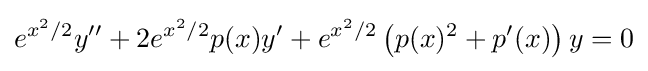
e^{x^{2}/2}y''+2e^{x^{2}/2}p(x)y'+e^{x^{2}/2}\left(p(x)^{2}+p'(x)\right)y=0